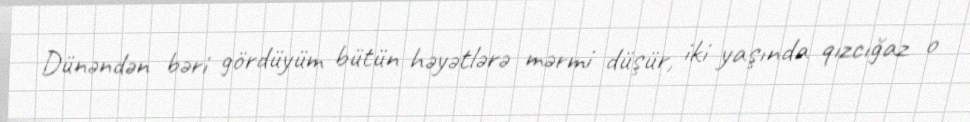
Dünəndən bəri gördüyüm bütün həyətlərə mərmi düşür, iki yaşında qızcığaz o